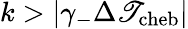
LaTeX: k>\vert\gamma_{-}\Delta\mathscr{T}_{\mathrm{{cheb}}}\vert